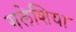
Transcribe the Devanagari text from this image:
गलेशिया